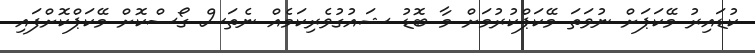
ކުޑައިރު މޭކަޕަށް ނުވަތަ މޭކަޕްކުރުމަށް މާ ބޮޑު ޝައުގުވެރިކަމެއް ނެތަސް ގޯސްކޮށް މޭކަޕްކޮށްފައި